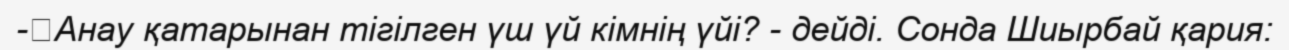
-	Анау қатарынан тігілген үш үй кімнің үйі? - дейді. Сонда Шиырбай қария: